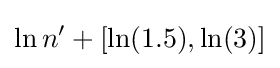
\ln n'+[\ln(1.5),\ln(3)]